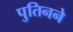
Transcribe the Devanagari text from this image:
पुतिनने